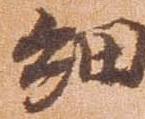
細